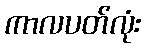
ကာလပတ်လုံး